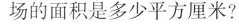
场的面积是多少平方厘米?